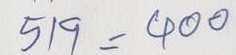
519 = 400